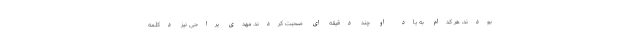
بودند، هر کدام به یاد او چند دقیقه ای صحبت کردند. مهدی یراحی نیز دکلمه